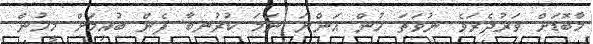
މާބޮޑަށް ވަރުދެރަވެ ނުވަތަ ހުން އަންނަ ނަމަ ކުރުނބާ ފެން ބުއިމަށް މީހުން